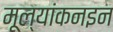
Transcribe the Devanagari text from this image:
मूल्यांकनइन